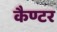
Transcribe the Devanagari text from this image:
कैण्टर